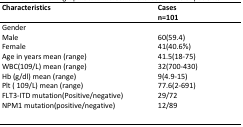
<table><thead><tr><td><b>Characteristics </b></td><td><b>Casesn=101</b></td></tr></thead><tbody><tr><td>GenderMaleFemale</td><td>60(59.4)41(40.6%)</td></tr><tr><td>Age in years mean (range)</td><td>41.5(18-75)</td></tr><tr><td>WBC(109/L) mean (range)</td><td>32(700-430)</td></tr><tr><td>Hb (g/dl) mean (range)</td><td>9(4.9-15)</td></tr><tr><td>Plt ( 109/L) mean (range)</td><td>77.6(2-691)</td></tr><tr><td>FLT3-ITD mutation(Positive/negative)</td><td>29/72</td></tr><tr><td>NPM1 mutation(positive/negative)</td><td>12/89</td></tr></tbody></table>